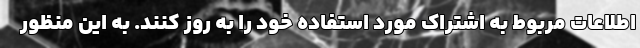
اطلاعات مربوط به اشتراک مورد استفاده خود را به روز کنند. به این منظور